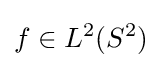
f\in L^{2}(S^{2})